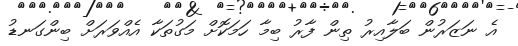
އެ ނަޒަރުން ބަލާއިރު ތިން ފާރު ބިމާ ހަމަކޮށް މަގުތަކާ އެއްވަރަށް ބިންގަނޑު